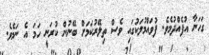
ގަހަނާ އުފެއްދުމެވެ. ފުވައްމުލަކުގައި ވެސް ތިލޭރުކަމަށް ބޭނުން ކުރަނީ ހަމަ އެ ނަމެވެ.